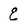
Character: E